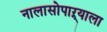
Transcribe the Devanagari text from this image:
नालासोपाऱ्याला